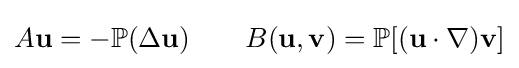
A\mathbf {u} =-\mathbb {P} (\Delta \mathbf {u} )\qquad B(\mathbf {u} ,\mathbf {v} )=\mathbb {P} [(\mathbf {u} \cdot \nabla )\mathbf {v} ]